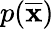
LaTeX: p({\overline{{\mathbf{x}}}})